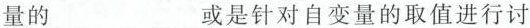
量的___或是针对自变量的取值进行讨